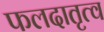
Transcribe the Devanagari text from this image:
फलदातृत्व